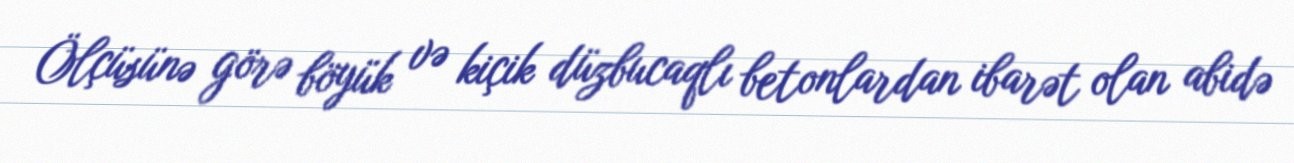
Ölçüsünə görə böyük və kiçik düzbucaqlı betonlardan ibarət olan abidə